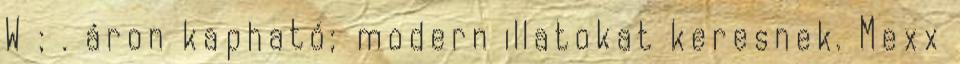
W ; . áron kapható; modern illatokat keresnek. Mexx